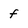
Character: f